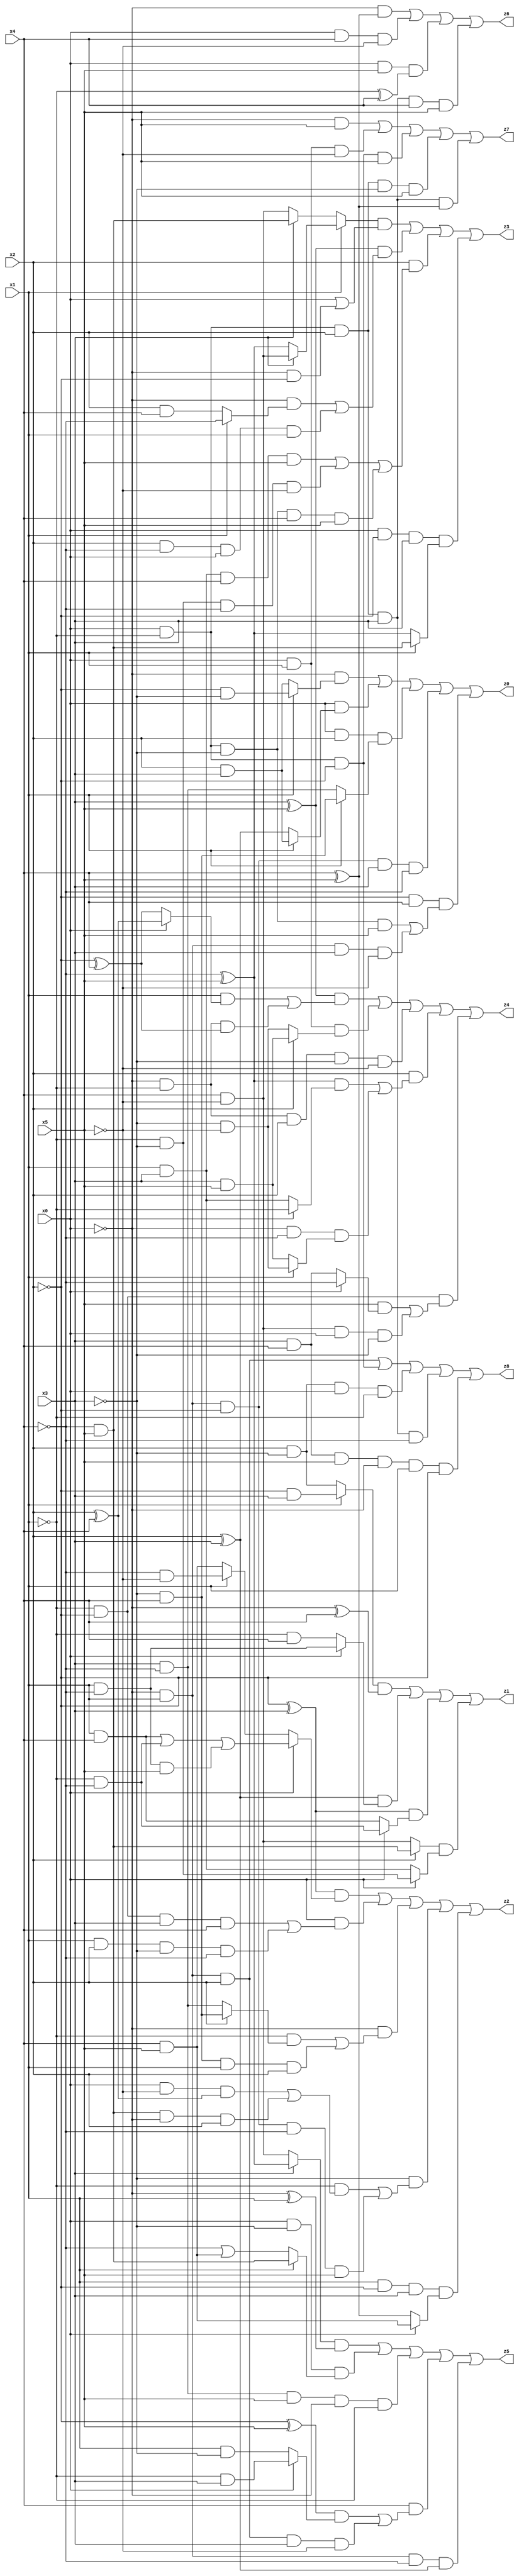
// Benchmark "X_7" written by ABC on Mon Jun 05 22:59:26 2023

module X_7 ( 
    x0, x1, x2, x3, x4, x5,
    z0, z1, z2, z3, z4, z5, z6, z7, z8  );
  input  x0, x1, x2, x3, x4, x5;
  output z0, z1, z2, z3, z4, z5, z6, z7, z8;
  assign z0 = (~x0 & (x1 ? (~x2 & ~x3) : (x2 & x3))) | (x0 & (x1 ? (x2 & x3) : (x2 ^ x3))) | (x0 & x2 & (x1 ? (~x3 & x4) : (x3 & ~x4))) | (~x0 & x1 & ~x2 & x3 & ~x4) | (~x2 & x4 & ((x0 & ~x1 & ~x3 & x5) | (~x0 & x1 & x3 & ~x5)));
  assign z1 = ((x1 ? (~x2 & x3) : (x2 & ~x3)) & (~x0 ^ x4)) | ((x2 ^ x3) & (x0 ? (x1 & ~x4) : (~x1 & x4))) | ((~x2 ^ x3) & (x0 ? (~x1 & ~x4) : (x1 & x4))) | ((x2 ? (~x4 & x5) : (x4 & ~x5)) & (x0 ? (~x1 & ~x3) : (x1 & x3)));
  assign z2 = ((~x2 ^ x3) & (x0 ? ((x1 & x4) | (~x1 & ~x4) | (x1 & ~x4 & x5)) : (x1 ? (~x4 & ~x5) : (x4 & x5)))) | (x0 & ((~x1 & ~x2 & x3 & x4) | (x1 & x2 & ~x3 & ~x4))) | (~x0 & ((~x1 & (x2 ? (~x3 & x4) : (x3 & ~x4))) | (~x3 & x4 & x1 & x2))) | (~x3 & ((~x1 & ((x0 & ~x5 & (x2 ^ x4)) | (~x4 & x5 & ~x0 & x2))) | (~x0 & x1 & ~x2 & ~x4 & x5))) | (x1 & ~x2 & x3 & (x0 ? (x4 & x5) : (x4 ^ x5)));
  assign z3 = ((x1 ? (x3 ? (x4 & ~x5) : (~x4 ^ x5)) : (x3 ? (~x4 & x5) : (x4 & ~x5))) & (x0 | (~x0 & ~x2))) | ((x3 ^ x5) & ((~x0 & (x1 ? ~x4 : (x2 & x4))) | (x2 & ~x4 & x0 & x1))) | (x2 & ((x1 & x3 & x4 & x5) | (~x1 & ~x3 & ~x4 & ~x5) | (x0 & ~x1 & ~x3 & x4 & x5))) | (x0 & ~x2 & x3 & (x1 ? (~x4 & x5) : (~x4 ^ x5)));
  assign z4 = ((x3 ^ x5) & ((x1 & (x0 ? (x2 ^ x4) : (~x2 ^ x4))) | (~x0 & ~x1 & (~x2 ^ x4)))) | (x0 & x1 & (x2 ? (x3 & x5) : (~x3 & ~x5))) | (~x0 & ~x1 & x2 & ~x3 & ~x5) | (x2 & (((~x4 ^ x5) & (x0 ? ~x1 : (x1 & x3))) | (~x0 & ~x4 & (x1 ? (~x3 & ~x5) : (x3 & x5))))) | (~x1 & ~x2 & ((x5 & (x0 ? ~x4 : (x3 & x4))) | (x4 & ~x5 & x0 & ~x3)));
  assign z5 = ((x3 ? (~x4 ^ x5) : (x4 & ~x5)) & (~x0 ^ x1)) | (x0 & ~x3 & (x1 ? (~x4 & x5) : (~x4 | (x4 & x5)))) | (x3 & ~x4 & x5 & ~x0 & ~x1) | (x4 & (((~x2 ^ x5) & (x0 ? (~x1 & x3) : (x1 & ~x3))) | (~x0 & x1 & x2 & x3 & ~x5))) | (~x0 & x1 & ~x4 & (x2 ^ x3));
  assign z6 = (~x0 & (x4 ^ x5)) | (x0 & x4 & ~x5) | (x0 & x5 & (~x1 ^ x4)) | (x0 & ~x1 & x2 & x3 & x4 & x5);
  assign z7 = (~x0 & x5) | (x0 & x1 & ~x5) | (x0 & ~x1 & ~x2 & x5) | (x0 & ~x1 & x2 & ~x3 & x5) | (x0 & ~x1 & x2 & x3 & (x4 ^ x5));
  assign z8 = (~x0 & x1 & x2) | (x0 & ~x1 & ~x2) | (x2 & ~x3 & x0 & ~x1) | (x0 & ~x1 & x2 & x3 & ~x4) | (x3 & x4 & x5 & ~x0 & x1 & ~x2);
endmodule